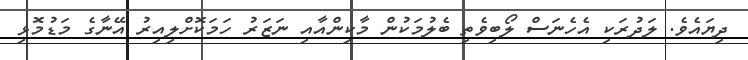
ދިޔައެވެ. ލަދުރަކި އެހެނަސް ލޯބިވެތި ބެލުމަކުން މާކިންއާއި ނަޒަރު ހަމަކޮށްލިއިރު އޭނާގެ މަޑުމޮޅި